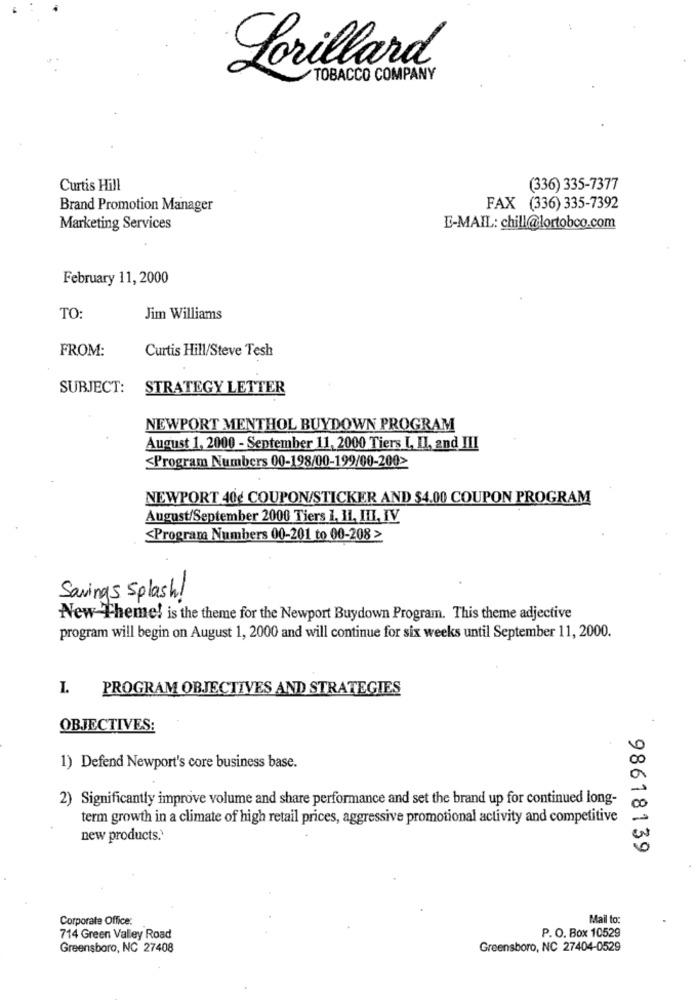
Lorillard
TOBACCO COMPANY
Curtis Hill
(336) 335-7377
Brand Promotion Manager
FAX (336) 335-7392
Marketing Services
E-MAIL: chill@lortobco.com
February 11, 2000
TO:
Jim Williams
FROM:
Curtis Hill/Steve Tesh
SUBJECT:
STRATEGY LETTER
NEWPORT MENTHOL BUYDOWN PROGRAM
August 1, 2000 - September 11, 2000 Tiers [, Il, and III
≤Program Numbers 00-198/00-199/00-200>
NEWPORT 40€ COUPON/STICKER AND $4.00 COUPON PROGRAM
August/September 2000 Tiers 1, 11, III, IV
≤Program Numbers 00-201 to 00-208 >
Savings Splash !
New Theme! is the theme for the Newport Buydown Program. This theme adjective
program will begin on August 1, 2000 and will continue for six weeks until September 11, 2000.
PROGRAM OBJECTIVES AND STRATEGIES
OBJECTIVES:
1) Defend Newport's core business base.
2) Significantly improve volume and share performance and set the brand up for continued long-
term growth in a climate of high retail prices, aggressive promotional activity and competitive
new products.'
98618139
Corporate Office:
Mail to:
P. O. Box 10529
714 Green Valley Road
Greensboro, NC 27408
Greensboro, NC 27404-0529